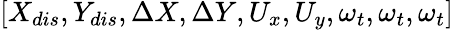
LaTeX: [{X_{dis}},{Y_{dis}},\Delta X,\Delta Y,{U_{x}},{U_{y}},{\omega_{t}},{\omega_{t}},{\omega_{t}}]